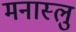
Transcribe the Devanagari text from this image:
मनास्लु